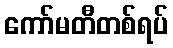
ကော်မတီတစ်ရပ်